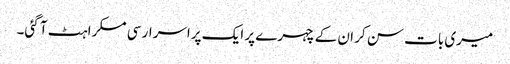
میری بات سن کر ان کے چہرے پر ایک پراسرار سی مسکراہٹ آ گئی۔